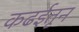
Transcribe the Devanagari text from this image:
कढईतून